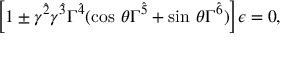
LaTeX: \biggl [ 1 \pm \gamma ^ { \hat { 2 } } \gamma ^ { \hat { 3 } } \Gamma ^ { \hat { 4 } } ( \mathrm { c o s } \ \theta \Gamma ^ { \hat { 5 } } + \mathrm { s i n } \ \theta \Gamma ^ { \hat { 6 } } ) \biggr ] \epsilon = 0 ,